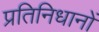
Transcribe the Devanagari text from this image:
प्रतिनिधानों